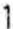
1